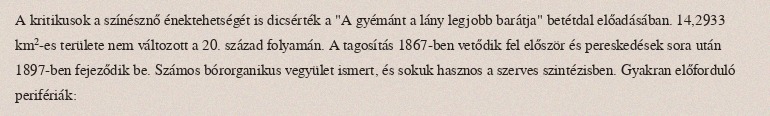
A kritikusok a színésznő énektehetségét is dicsérték a "A gyémánt a lány legjobb barátja" betétdal előadásában. 14,2933 km²-es területe nem változott a 20. század folyamán. A tagosítás 1867-ben vetődik fel először és pereskedések sora után 1897-ben fejeződik be. Számos bórorganikus vegyület ismert, és sokuk hasznos a szerves szintézisben. Gyakran előforduló perifériák: